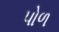
પોળ